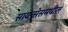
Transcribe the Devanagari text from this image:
सायन्सेसमधील